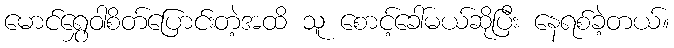
မောင်ရွှေဝါစိတ်ပြောင်းတဲ့အထိ သူ စောင့်ခေါ်မယ်ဆိုပြီး နေရစ်ခဲ့တယ်။